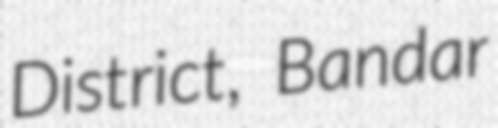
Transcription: District, Bandar